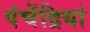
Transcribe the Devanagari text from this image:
पंचेंद्रियां